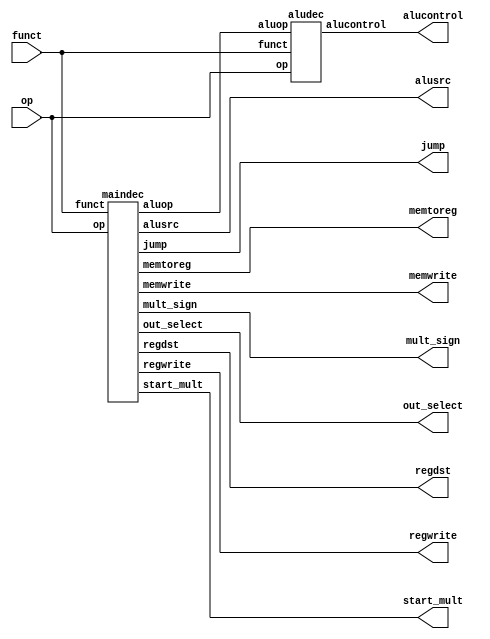
module controller(input   [5:0] op, funct,
                  output        memtoreg, memwrite,
		  output  [1:0] alusrc, out_select,  //out_select is our version of WBsrc 
                  output        regdst, regwrite,
		  output	start_mult, mult_sign,
                  output        jump,
                  output  [3:0] alucontrol);


	wire [1:0] aluop;

	maindec md(op, funct, memtoreg, memwrite, alusrc,
			regdst, regwrite, jump, aluop, out_select,
			start_mult, mult_sign); 

	aludec ad(funct, op, aluop, alucontrol);

endmodule

module maindec(	input	[5:0] op, funct,
		output	memtoreg, memwrite, 
		output  [1:0] alusrc, 
		output	regdst, regwrite,
		output	jump,
		output	[1:0] aluop, out_select,
		output	start_mult, mult_sign); 

	reg [12:0] controls; 
	
	assign {regwrite, regdst, alusrc, memwrite,
		memtoreg, jump, aluop,
		out_select, start_mult, mult_sign} = controls; 

	always @ * begin
		case(op) //n for output_branch
			6'b000000: case(funct)
				6'b011000: controls <= 13'b0000000100011; //mult
				6'b011001: controls <= 13'b0000000100010; //multu
				6'b010000: controls <= 13'b1100000101000; //mfhi
				6'b010010: controls <= 13'b1100000101100; //mflo
				default: controls <= 13'b1100000100000; //Rtype (besides mult, multu)
			endcase
			6'b100011: controls <= 13'b1001010000000; //lw
			6'b101011: controls <= 13'b0001100000000; //sw
			6'b000100: controls <= 13'b0000000000000; //beq
			6'b000101: controls <= 13'b0000000000000; //bne
			6'b001000: controls <= 13'b1001000000000; //addi
			6'b001100: controls <= 13'b1010000110000; //andi
			6'b001101: controls <= 13'b1010000110000; //ori
			6'b111100: controls <= 13'b1010000110000; //xori 
			6'b000011: controls <= 13'b1000001000100; //jal
			6'b001010: controls <= 13'b1001000110000; //slti
			6'b001111: controls <= 13'b1011000000100; //lui
			default: controls <= 13'b0000000000000;
		endcase
	end
			
endmodule

module aludec(	input	[5:0] funct, op,
		input	[1:0] aluop,
		output	reg [3:0] alucontrol);

	always @ * begin
		case(aluop)
			2'b00: alucontrol <= 4'b0010; //add
			2'b01: alucontrol <= 4'b1010; //subtract
			2'b11: case(op) //I-type Logical Instructions
				6'b001100: alucontrol <= 4'b0000; //andi
				6'b001101: alucontrol <= 4'b0001; //ori
				6'b111100: alucontrol <= 4'b0100; //xori
				6'b001010: alucontrol <= 4'b1011; //slti
			endcase
			default: case(funct) // if aluop is 10 (which means R type), look at funct field
				6'b100000: alucontrol <= 4'b0010; //add
				6'b100010: alucontrol <= 4'b1010; //sub
				6'b100100: alucontrol <= 4'b0000; //and
				6'b100101: alucontrol <= 4'b0001; //or
				6'b101010: alucontrol <= 4'b1011; //slt
				6'b111111: alucontrol <= 4'b0100; //xor
				6'b111110: alucontrol <= 4'b1100; //xnor
				default: alucontrol <= 4'b0000;
			endcase
		endcase
	end

endmodule